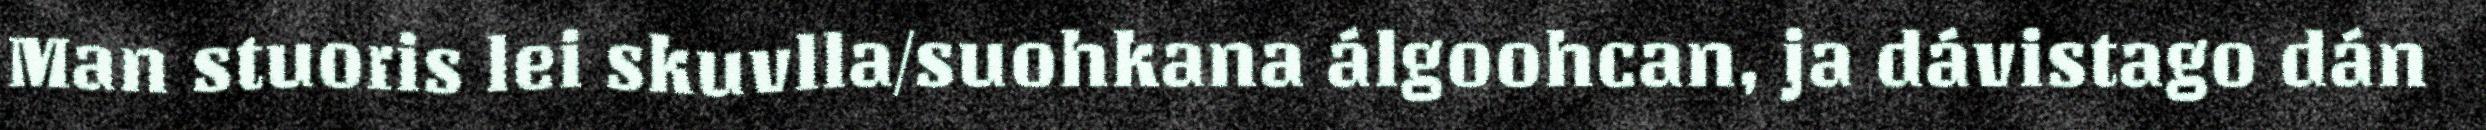
Man stuoris lei skuvlla/suohkana álgoohcan, ja dávistago dán